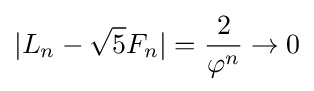
\vert L_{n}-{\sqrt {5}}F_{n}\vert ={\frac {2}{\varphi ^{n}}}\to 0